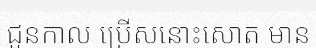
ជួនកាល ប្រើសនោះសោត មាន